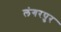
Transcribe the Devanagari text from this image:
लंगरपुर